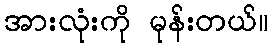
အားလုံးကို မုန်းတယ်။